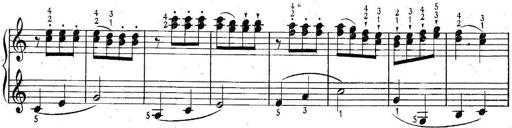
Title: 6 Easy Sonatinas
Composer: Carl Czerny